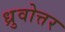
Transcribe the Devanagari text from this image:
ध्रुवोत्तर